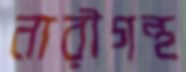
নারীগন্থ